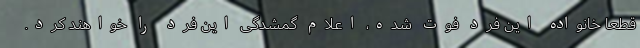
قطعا خانواده این فرد فوت شده، اعلام گمشدگی این فرد را خواهند کرد.